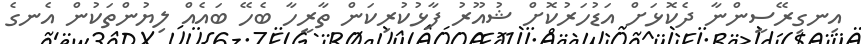
އިނގިރޭސީންނާ ދެކޮޅަށް އަޑުހަރުކޮށް ޝުއޫރު ފާޅުކުރިކަން ތާރީހާ ބެހޭ ބައެއް ލިޔުންތަކުން އެނގެ